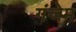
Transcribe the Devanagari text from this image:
गंजेम